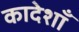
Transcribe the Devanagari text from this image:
कादेशाँ